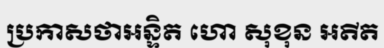
ប្រកាសថាអន្ទិត ហោ សុខុន អតីត